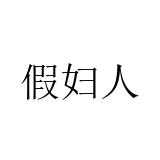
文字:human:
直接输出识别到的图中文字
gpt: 假妇人